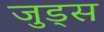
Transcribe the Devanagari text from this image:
जुड्स